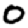
Digit: 0